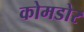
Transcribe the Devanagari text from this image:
कोमडोर